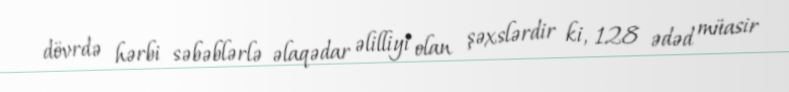
dövrdə hərbi səbəblərlə əlaqədar əlilliyi olan şəxslərdir ki, 128 ədəd müasir